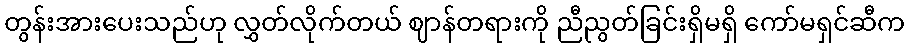
တွန်းအားပေးသည်ဟု လွှတ်လိုက်တယ် ဈာန်တရားကို ညီညွတ်ခြင်းရှိမရှိ ကော်မရှင်ဆီက